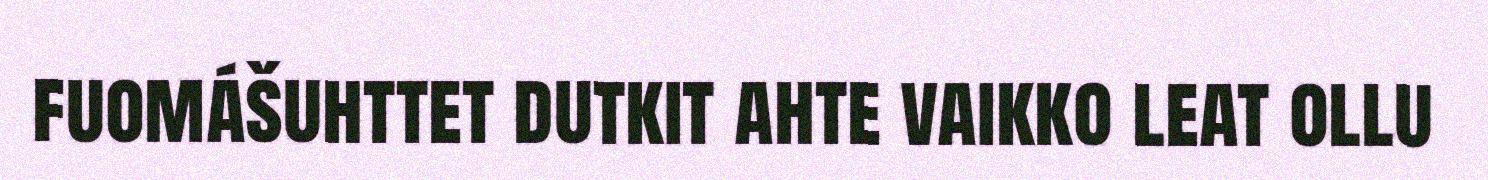
fuomášuhttet dutkit ahte vaikko leat ollu